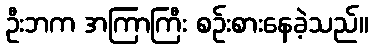
ဦးဘက အကြာကြီး စဉ်းစားနေခဲ့သည်။